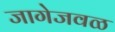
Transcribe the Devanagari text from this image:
जागेजवळ